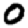
Digit: 0